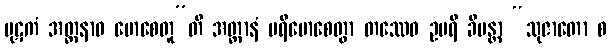
ပုဋကံ အတ္တနာဝ မောစေတူ”တိ အတ္တာနံ ပရိမောစေတွာ တဿေဝ ဥပရိ ခိပန္တာ “သုဇာတော စ